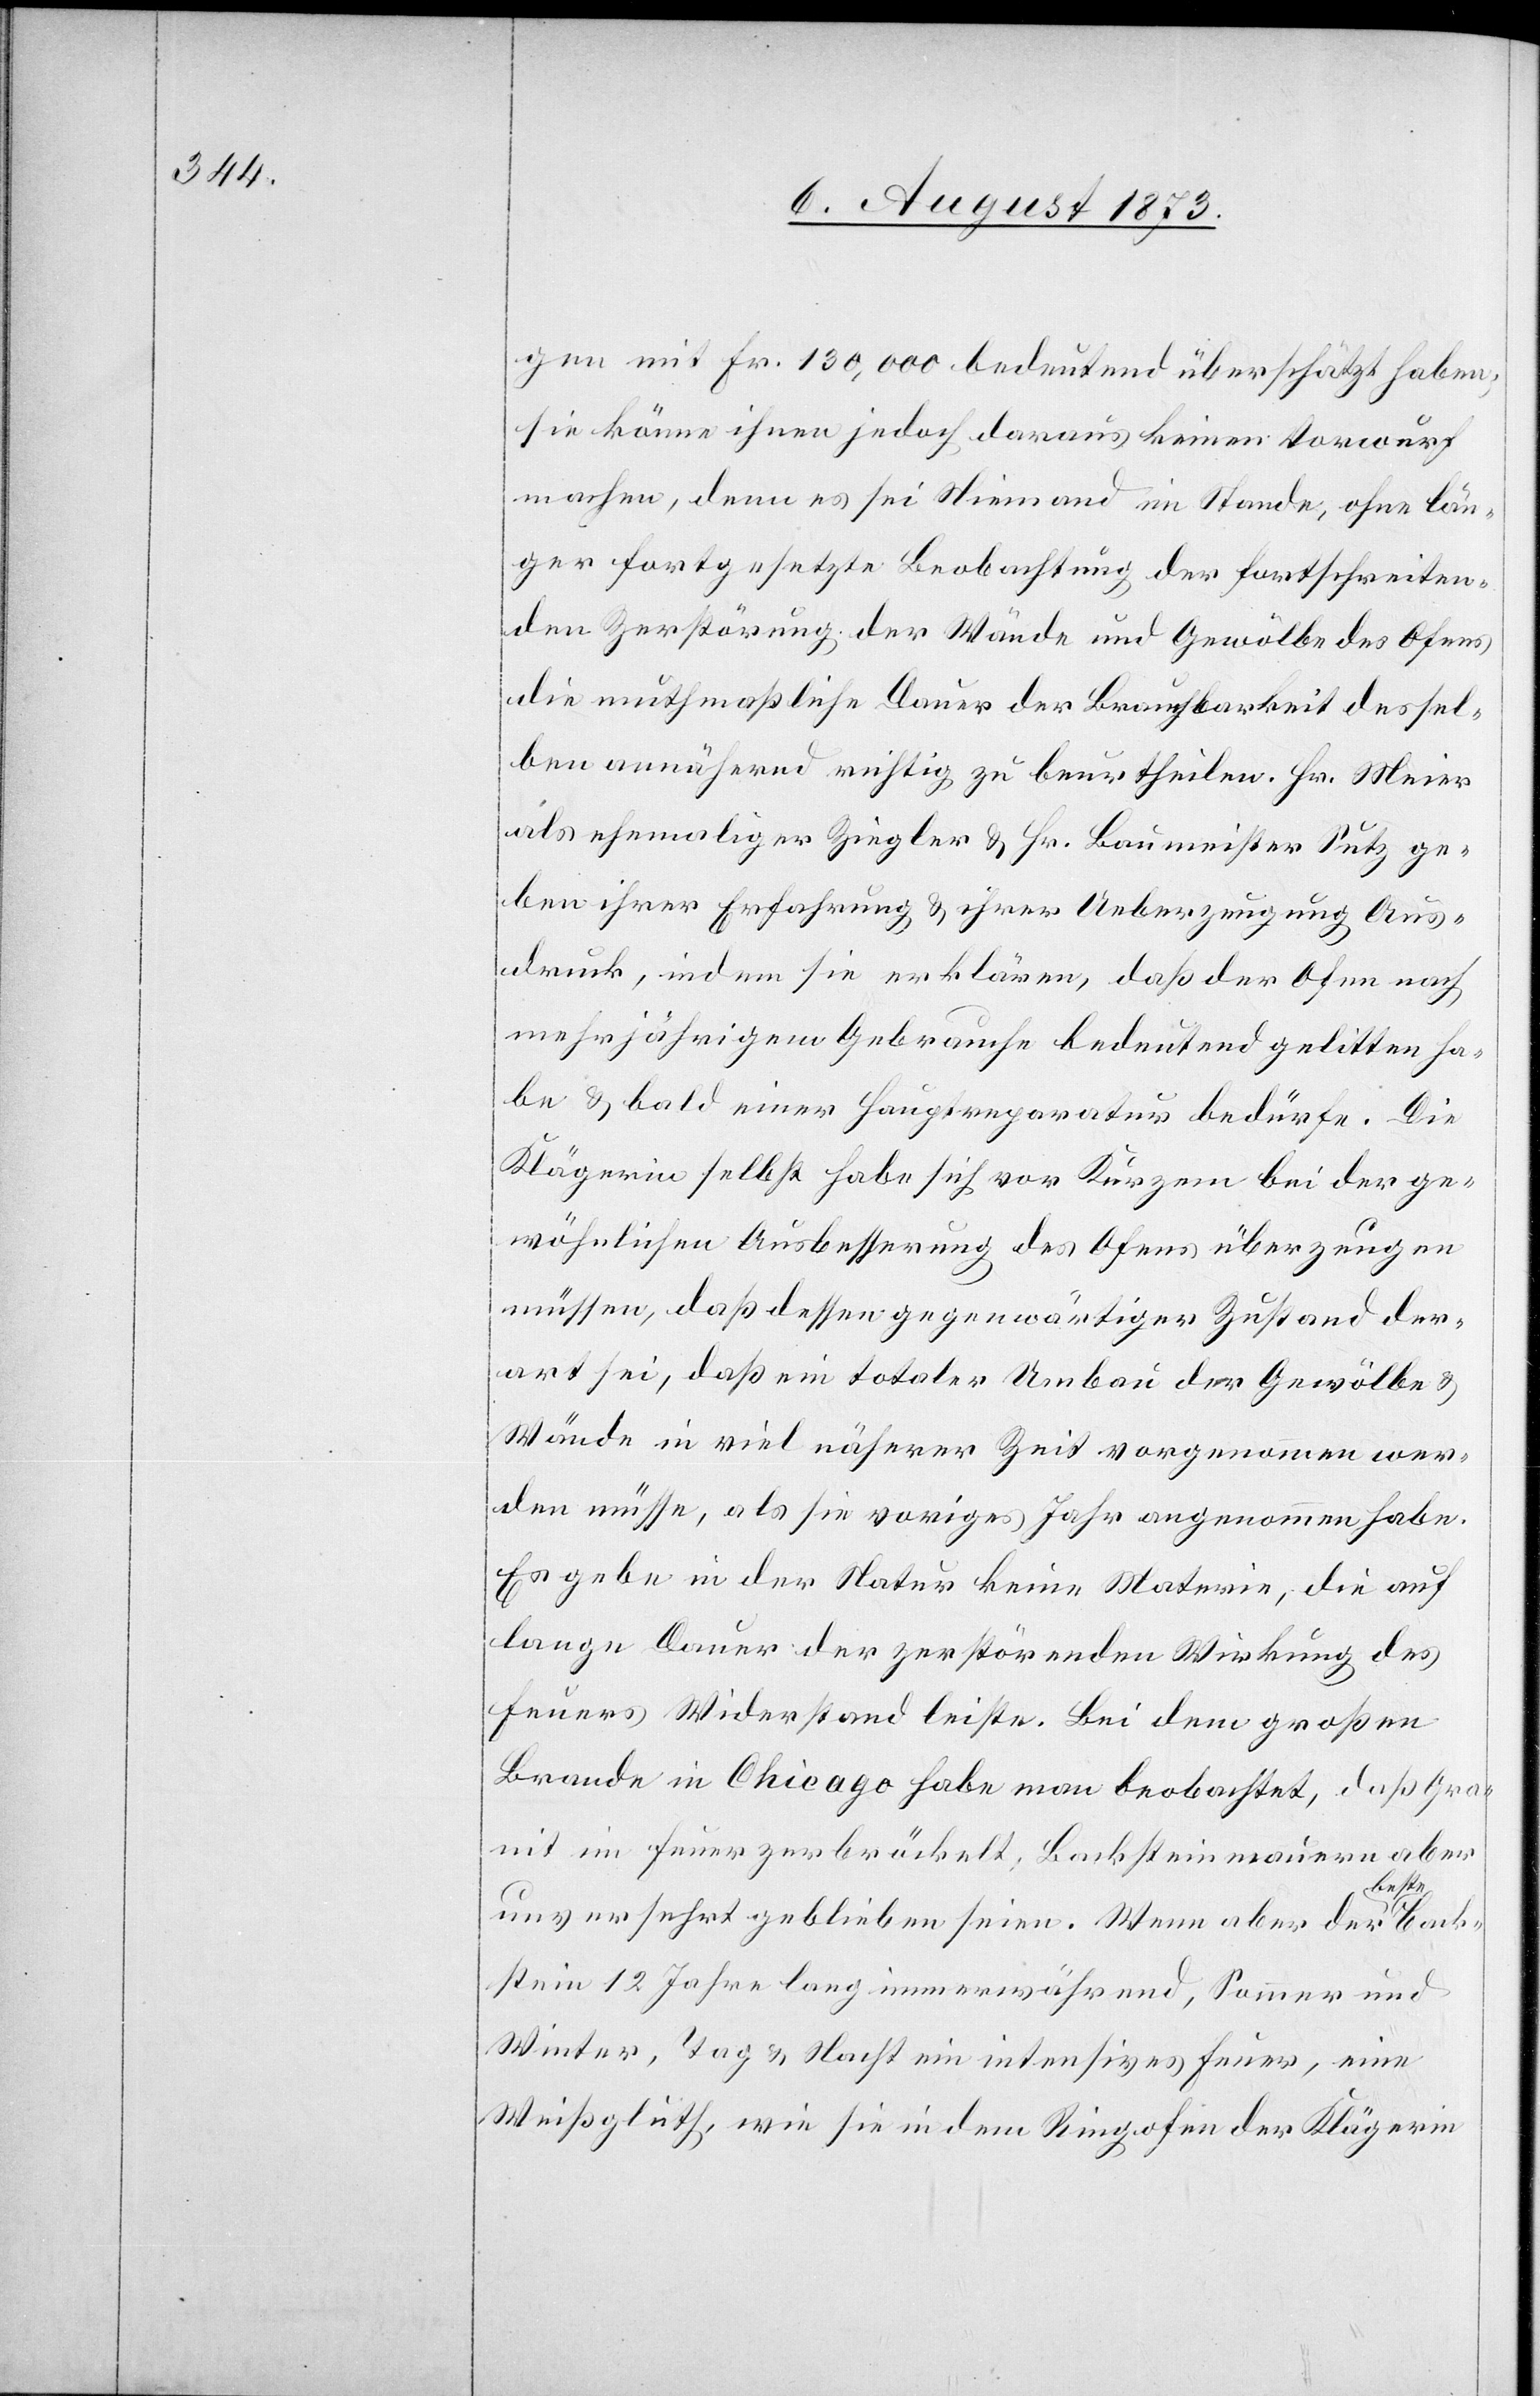
gen mit Fr. 130,000 bedeutend überschätzt haben;
sie könne ihnen jedoch daraus keinen Vorwurf
machen, denn es sei Niemand im Stande, ohne län¬
ger fortgesetzte Beobachtung der fortschreiten¬
den Zerstörung der Wände und Gewölbe des Ofens
die muthmaßliche Dauer der Brauchbarkeit dessel¬
ben annähernd richtig zu beurtheilen. Hr. Meier
als ehemaliger Ziegler & Hr. Baumeister Sutz ge¬
ben ihrer Erfahrung & ihrer Ueberzeugung Aus¬
druck, indem sie erklären, daß der Ofen nach
mehrjährigem Gebrauche bedeutend gelitten ha¬
be & bald einer Hauptreparatur bedürfe. Die
Klägerin selbst habe sich vor Kurzem bei der ge¬
wöhnlichen Ausbesserung des Ofens überzeugen
müssen, daß dessen gegenwärtiger Zustand der¬
art sei, daß ein totaler Umbau der Gewölbe &
Wände in viel näherer Zeit vorgenommen wer¬
den müsse, als sie voriges Jahr angenommen habe.
Es gebe in der Natur keine Materie, die auf
lange Dauer der zerstörenden Wirkung des
Feuers Widerstand leiste. Bei dem großen
Brande in Chicago habe man beobachtet, daß Gra¬
nit im Feuer zerbröckelt; Backsteinmauern aber
unversehrt geblieben seien. Wenn aber der beste
Backstein 12 Jahre lang immerwährend, Sommer und
Winter, Tag & Nacht ein intensives Feuer, eine
Weißgluth, wie sie in dem Ringofen der Klägerin